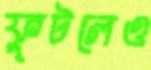
ফুটলেও